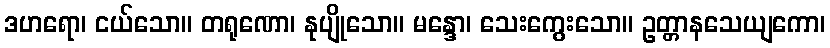
ဒဟရော၊ ငယ်သော။ တရုဏော၊ နုပျိုသော။ မန္ဒော၊ သေးကွေးသော။ ဥတ္တာနသေယျကော၊